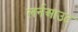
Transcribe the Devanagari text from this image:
लर्नआउट